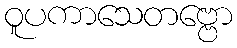
ဝူပကာသေတဗ္ဗော